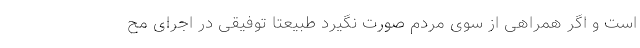
است و اگر همراهی از سوی مردم صورت نگیرد طبیعتا توفیقی در اجرای مح